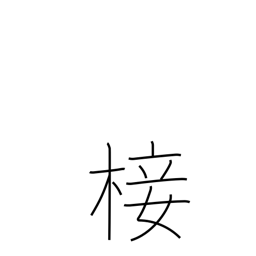
Meaning: graft